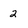
Character: 2